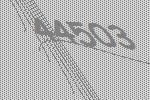
44503